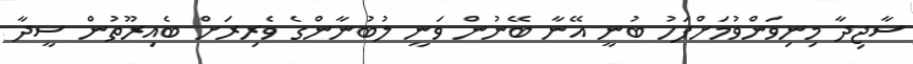
ސާޖިދާ މިނިވަންވުމަށްފަހު ބުނީ އޭނާ ބޭނުން ވަނީ ލުބުނާންގެ ވެރިރަށް ބެއިރޫތުން ސީދާ